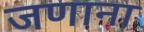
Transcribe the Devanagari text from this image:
जणाना